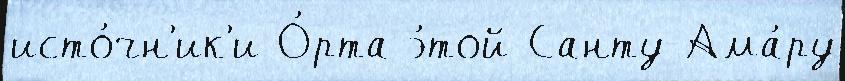
исто́чн'ик'и О́рта э́той Санту-Ама́ру